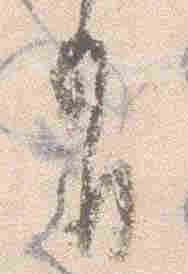
有